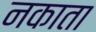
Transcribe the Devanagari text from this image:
नकाता